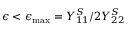
\epsilon < \epsilon _ { \mathrm { m a x } } = Y _ { 1 1 } ^ { S } / 2 Y _ { 2 2 } ^ { S }